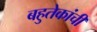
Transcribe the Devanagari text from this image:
बहुतेकांची